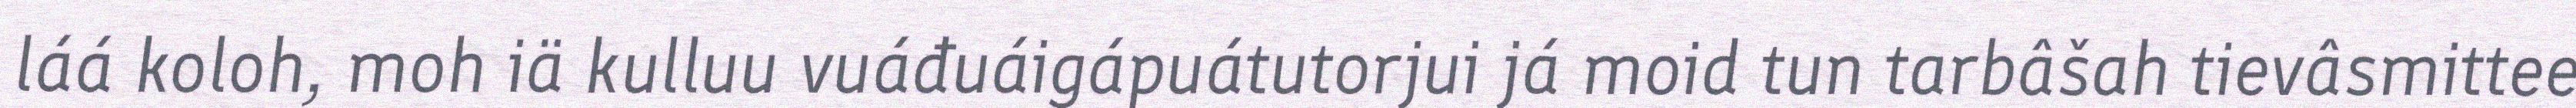
láá koloh, moh iä kulluu vuáđuáigápuátutorjui já moid tun tarbâšah tievâsmittee